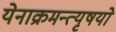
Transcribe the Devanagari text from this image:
येनाक्रमन्त्यृषयो